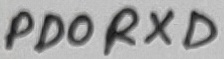
Text: PD0RXD